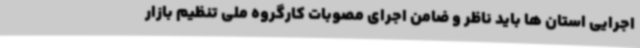
اجرایی استان ها باید ناظر و ضامن اجرای مصوبات کارگروه ملی تنظیم بازار